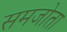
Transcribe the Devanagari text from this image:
समजोता